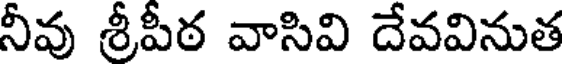
నీవు శ్రీపీఠ వాసివి దేవవినుత